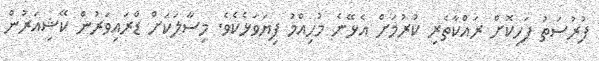
ފުރުސަތު ފަހިކޮށް ރައްކާތެރި ކުރުމަށް އެޅޭނެ މުހިއްމު ފިޔަވަޅެކެވެ. މިސާލަކަށް ޑްރައިވަރުން ކޭޝިއަރުން